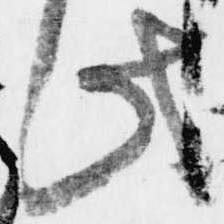
此